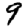
Digit: 9